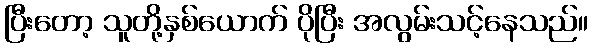
ပြီးတော့ သူတို့နှစ်ယောက် ပိုပြီး အလွမ်းသင့်နေသည်။